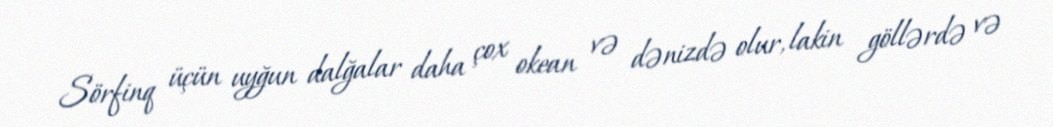
Sörfinq üçün uyğun dalğalar daha çox okean və dənizdə olur, lakin göllərdə və